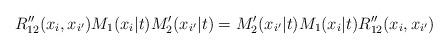
LaTeX: \begin{align*}R_{12}^{\prime \prime }(x_{i}, x_{i^{\prime}})M_{1}(x_{i}|t)M_{2}^{\prime }(x_{i^{\prime }}|t)=M_{2}^{\prime}(x_{i^{\prime }}|t)M_{1}(x_{i}|t)R_{12}^{\prime \prime }(x_{i},x_{i^{\prime }}) \end{align*}